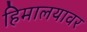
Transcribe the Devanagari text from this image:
हिमालयावर